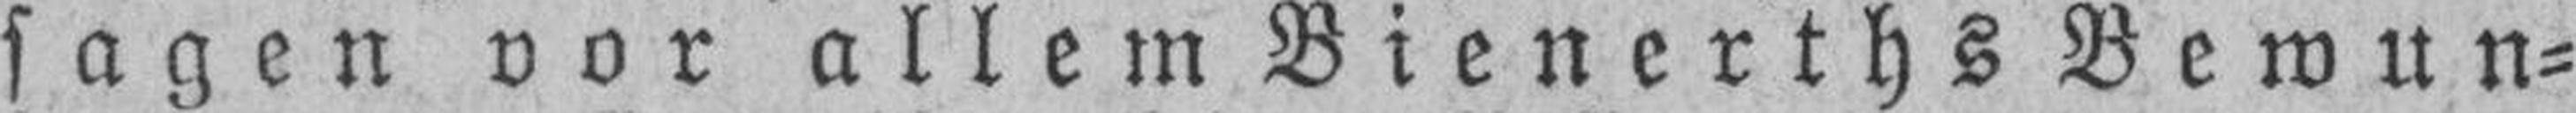
sagen vor allem Bienerths Bewun¬